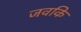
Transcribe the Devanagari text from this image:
जवकि